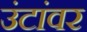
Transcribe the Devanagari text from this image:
उंटांवर